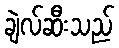
ချဲလ်ဆီးသည်